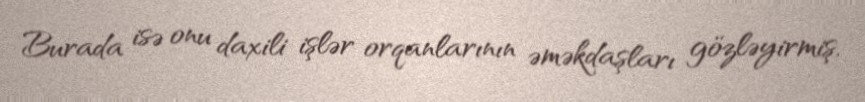
Burada isə onu daxili işlər orqanlarının əməkdaşları gözləyirmiş.